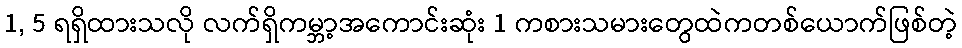
1, 5 ရရှိထားသလို လက်ရှိကမ္ဘာ့အကောင်းဆုံး 1 ကစားသမားတွေထဲကတစ်ယောက်ဖြစ်တဲ့